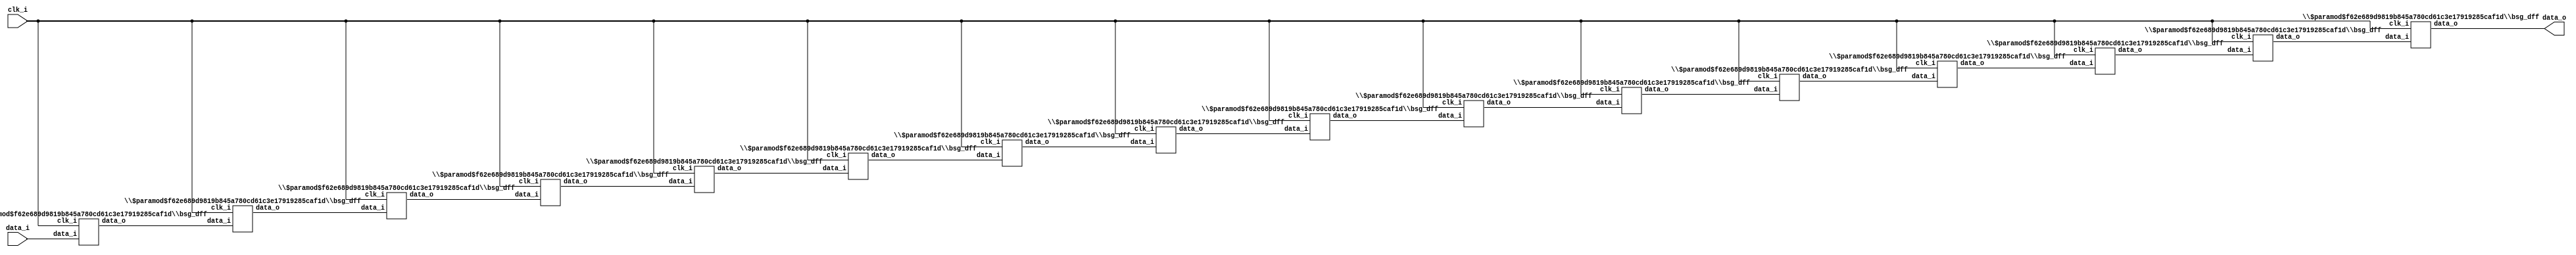
/* Generated by Yosys 0.27+9 (git sha1 101d19bb6, gcc 11.2.0-7ubuntu2 -fPIC -Os) */


module \$paramod$f62e689d9819b845a780cd61c3e17919285caf1d\bsg_dff (clk_i, data_i, data_o);
  
  input clk_i;
  wire clk_i;
  
  input [15:0] data_i;
  wire [15:0] data_i;
  
  output [15:0] data_o;
  wire [15:0] data_o;
  
  reg [15:0] data_r;
  
  always @(posedge clk_i)
    data_r[0] <= data_i[0];
  
  always @(posedge clk_i)
    data_r[1] <= data_i[1];
  
  always @(posedge clk_i)
    data_r[2] <= data_i[2];
  
  always @(posedge clk_i)
    data_r[3] <= data_i[3];
  
  always @(posedge clk_i)
    data_r[4] <= data_i[4];
  
  always @(posedge clk_i)
    data_r[5] <= data_i[5];
  
  always @(posedge clk_i)
    data_r[6] <= data_i[6];
  
  always @(posedge clk_i)
    data_r[7] <= data_i[7];
  
  always @(posedge clk_i)
    data_r[8] <= data_i[8];
  
  always @(posedge clk_i)
    data_r[9] <= data_i[9];
  
  always @(posedge clk_i)
    data_r[10] <= data_i[10];
  
  always @(posedge clk_i)
    data_r[11] <= data_i[11];
  
  always @(posedge clk_i)
    data_r[12] <= data_i[12];
  
  always @(posedge clk_i)
    data_r[13] <= data_i[13];
  
  always @(posedge clk_i)
    data_r[14] <= data_i[14];
  
  always @(posedge clk_i)
    data_r[15] <= data_i[15];
  assign data_o = data_r;
endmodule

(* top =  1  *)

module bsg_dff_chain(clk_i, data_i, data_o);
  
  wire [271:0] \chained.data_delayed ;
  
  input clk_i;
  wire clk_i;
  
  input [15:0] data_i;
  wire [15:0] data_i;
  
  output [15:0] data_o;
  wire [15:0] data_o;
  (* module_not_derived = 32'd1 *)
  
  \$paramod$f62e689d9819b845a780cd61c3e17919285caf1d\bsg_dff  \chained.genblk1[10].ch_reg  (
    .clk_i(clk_i),
    .data_i(\chained.data_delayed [159:144]),
    .data_o(\chained.data_delayed [175:160])
  );
  (* module_not_derived = 32'd1 *)
  
  \$paramod$f62e689d9819b845a780cd61c3e17919285caf1d\bsg_dff  \chained.genblk1[11].ch_reg  (
    .clk_i(clk_i),
    .data_i(\chained.data_delayed [175:160]),
    .data_o(\chained.data_delayed [191:176])
  );
  (* module_not_derived = 32'd1 *)
  
  \$paramod$f62e689d9819b845a780cd61c3e17919285caf1d\bsg_dff  \chained.genblk1[12].ch_reg  (
    .clk_i(clk_i),
    .data_i(\chained.data_delayed [191:176]),
    .data_o(\chained.data_delayed [207:192])
  );
  (* module_not_derived = 32'd1 *)
  
  \$paramod$f62e689d9819b845a780cd61c3e17919285caf1d\bsg_dff  \chained.genblk1[13].ch_reg  (
    .clk_i(clk_i),
    .data_i(\chained.data_delayed [207:192]),
    .data_o(\chained.data_delayed [223:208])
  );
  (* module_not_derived = 32'd1 *)
  
  \$paramod$f62e689d9819b845a780cd61c3e17919285caf1d\bsg_dff  \chained.genblk1[14].ch_reg  (
    .clk_i(clk_i),
    .data_i(\chained.data_delayed [223:208]),
    .data_o(\chained.data_delayed [239:224])
  );
  (* module_not_derived = 32'd1 *)
  
  \$paramod$f62e689d9819b845a780cd61c3e17919285caf1d\bsg_dff  \chained.genblk1[15].ch_reg  (
    .clk_i(clk_i),
    .data_i(\chained.data_delayed [239:224]),
    .data_o(\chained.data_delayed [255:240])
  );
  (* module_not_derived = 32'd1 *)
  
  \$paramod$f62e689d9819b845a780cd61c3e17919285caf1d\bsg_dff  \chained.genblk1[16].ch_reg  (
    .clk_i(clk_i),
    .data_i(\chained.data_delayed [255:240]),
    .data_o(data_o)
  );
  (* module_not_derived = 32'd1 *)
  
  \$paramod$f62e689d9819b845a780cd61c3e17919285caf1d\bsg_dff  \chained.genblk1[1].ch_reg  (
    .clk_i(clk_i),
    .data_i(data_i),
    .data_o(\chained.data_delayed [31:16])
  );
  (* module_not_derived = 32'd1 *)
  
  \$paramod$f62e689d9819b845a780cd61c3e17919285caf1d\bsg_dff  \chained.genblk1[2].ch_reg  (
    .clk_i(clk_i),
    .data_i(\chained.data_delayed [31:16]),
    .data_o(\chained.data_delayed [47:32])
  );
  (* module_not_derived = 32'd1 *)
  
  \$paramod$f62e689d9819b845a780cd61c3e17919285caf1d\bsg_dff  \chained.genblk1[3].ch_reg  (
    .clk_i(clk_i),
    .data_i(\chained.data_delayed [47:32]),
    .data_o(\chained.data_delayed [63:48])
  );
  (* module_not_derived = 32'd1 *)
  
  \$paramod$f62e689d9819b845a780cd61c3e17919285caf1d\bsg_dff  \chained.genblk1[4].ch_reg  (
    .clk_i(clk_i),
    .data_i(\chained.data_delayed [63:48]),
    .data_o(\chained.data_delayed [79:64])
  );
  (* module_not_derived = 32'd1 *)
  
  \$paramod$f62e689d9819b845a780cd61c3e17919285caf1d\bsg_dff  \chained.genblk1[5].ch_reg  (
    .clk_i(clk_i),
    .data_i(\chained.data_delayed [79:64]),
    .data_o(\chained.data_delayed [95:80])
  );
  (* module_not_derived = 32'd1 *)
  
  \$paramod$f62e689d9819b845a780cd61c3e17919285caf1d\bsg_dff  \chained.genblk1[6].ch_reg  (
    .clk_i(clk_i),
    .data_i(\chained.data_delayed [95:80]),
    .data_o(\chained.data_delayed [111:96])
  );
  (* module_not_derived = 32'd1 *)
  
  \$paramod$f62e689d9819b845a780cd61c3e17919285caf1d\bsg_dff  \chained.genblk1[7].ch_reg  (
    .clk_i(clk_i),
    .data_i(\chained.data_delayed [111:96]),
    .data_o(\chained.data_delayed [127:112])
  );
  (* module_not_derived = 32'd1 *)
  
  \$paramod$f62e689d9819b845a780cd61c3e17919285caf1d\bsg_dff  \chained.genblk1[8].ch_reg  (
    .clk_i(clk_i),
    .data_i(\chained.data_delayed [127:112]),
    .data_o(\chained.data_delayed [143:128])
  );
  (* module_not_derived = 32'd1 *)
  
  \$paramod$f62e689d9819b845a780cd61c3e17919285caf1d\bsg_dff  \chained.genblk1[9].ch_reg  (
    .clk_i(clk_i),
    .data_i(\chained.data_delayed [143:128]),
    .data_o(\chained.data_delayed [159:144])
  );
  assign { \chained.data_delayed [271:256], \chained.data_delayed [15:0] } = { data_o, data_i };
endmodule